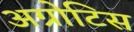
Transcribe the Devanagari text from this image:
अग्रोटिस